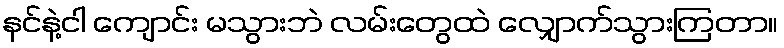
နင်နဲ့ငါ ကျောင်း မသွားဘဲ လမ်းတွေထဲ လျှောက်သွားကြတာ။